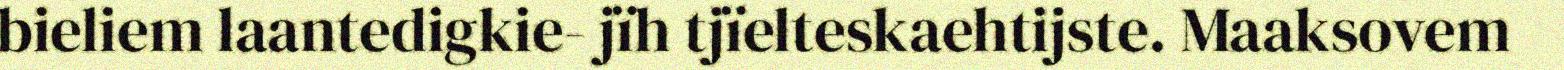
bieliem laantedigkie- jïh tjïelteskaehtijste. Maaksovem